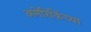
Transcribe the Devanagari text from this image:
अमेरिकिंच्या